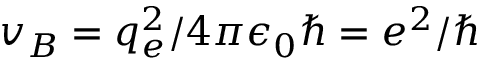
v _ { B } = q _ { e } ^ { 2 } / 4 \pi \epsilon _ { 0 } \hbar = e ^ { 2 } / \hbar